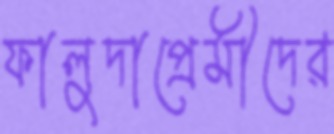
ফালুদাপ্রেমীদের